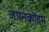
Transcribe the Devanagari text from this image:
जयनकोंडम